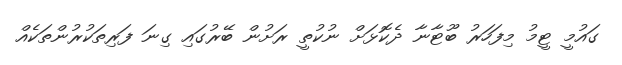
ގައުމީ ޓީމު މިފަހަރު ބޫޓާނާ ދެކޮޅަށް ނުކުތީ ރަށުން ބޭރުގައި ގިނަ ފަރިތަކުރުންތަކެއް